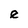
Character: e